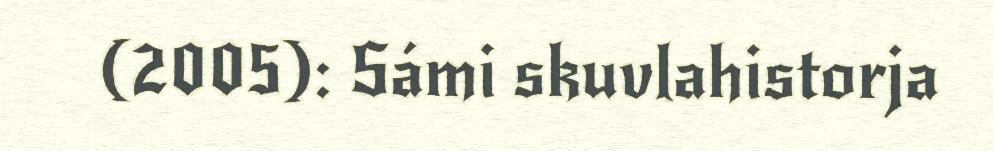
(2005): Sámi skuvlahistorja